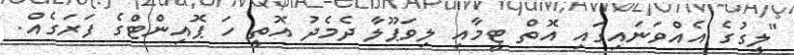
"ލީގުގެ އެއްވަނައިގައި އޮތް ޓީމާއި ލިވަޕޫލާ ދެމެދު އޮތީ ހަ ޕޮއިންޓްގެ ފަރަގެއް.